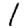
Digit: 1